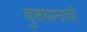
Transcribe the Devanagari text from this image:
कुष्ठधामाची